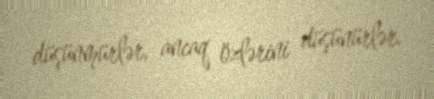
düşünmürlər, ancaq özlərini düşünürlər.